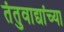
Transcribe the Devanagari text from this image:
तंतुवाद्यांच्या